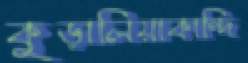
কুড়ালিয়াকান্দি